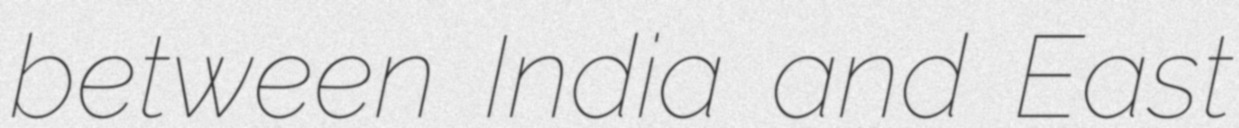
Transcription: between India and East